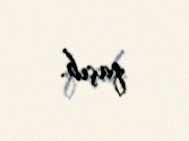
qaçıb.